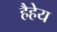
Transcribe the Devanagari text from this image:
हैहेय